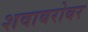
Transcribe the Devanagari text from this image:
शवाबरोबर